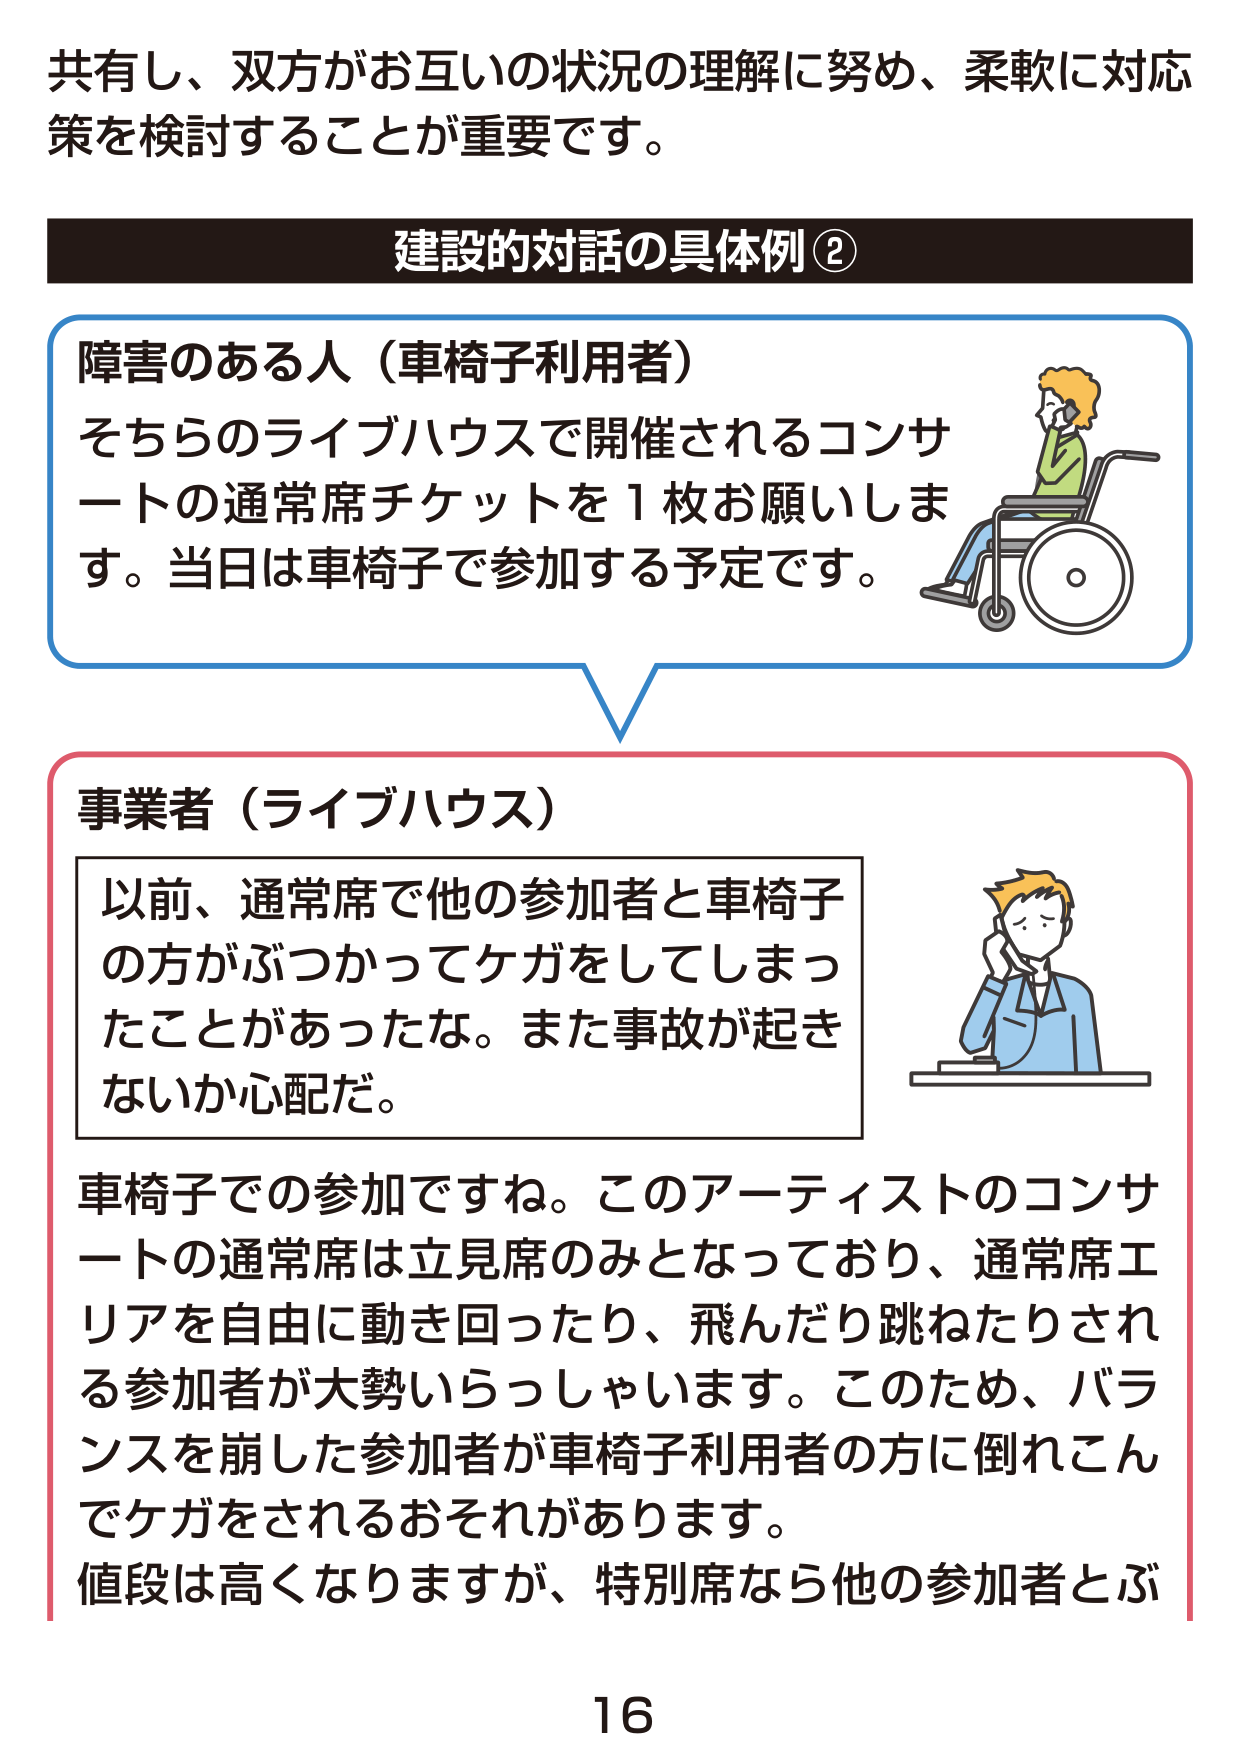
共有し、双方がお互いの状況の理解に努め、柔軟に対応策を検討することが重要です。

建設的対話の具体例②

障害のある人（車椅子利用者）
そちらのライブハウスで開催されるコンサートの通常席チケットを1枚お願いします。当日は車椅子で参加する予定です。

事業者（ライブハウス）
以前、通常席で他の参加者と車椅子の方がぶつかってケガをしてしまったことがあったな。また事故が起きないか心配だ。

車椅子での参加ですね。このアーティストのコンサートの通常席は立見席のみとなっており、通常席エリアを自由に動き回ったり、飛んだり跳ねたりされる参加者が大勢いらっしゃいます。このため、バランスを崩した参加者が車椅子利用者の方に倒れこんでケガをされるおそれがあります。
値段は高くなりますが、特別席なら他の参加者とぶ

16